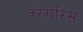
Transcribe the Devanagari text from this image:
वरगेरिस